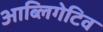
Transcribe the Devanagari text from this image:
आब्लिगेटिव